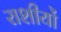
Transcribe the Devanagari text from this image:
राशीयों